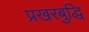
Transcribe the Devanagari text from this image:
प्रखरबुद्धि